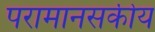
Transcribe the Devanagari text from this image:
परामानसकीय